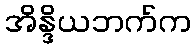
အိန္ဒိယဘက်က